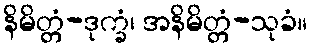
နိမိတ္တံ-ဒုက္ခံ၊ အနိမိတ္တံ-သုခံ။